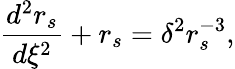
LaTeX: \frac{d^{2}r_{s}}{d\xi^{2}}+r_{s}=\delta^{2}r_{s}^{-3},